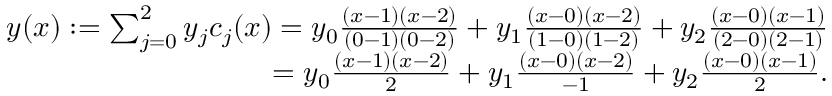
\begin{array} { r } { y ( x ) : = \sum _ { j = 0 } ^ { 2 } y _ { j } c _ { j } ( x ) = y _ { 0 } { \frac { ( x - 1 ) ( x - 2 ) } { ( 0 - 1 ) ( 0 - 2 ) } } + y _ { 1 } { \frac { ( x - 0 ) ( x - 2 ) } { ( 1 - 0 ) ( 1 - 2 ) } } + y _ { 2 } { \frac { ( x - 0 ) ( x - 1 ) } { ( 2 - 0 ) ( 2 - 1 ) } } } \\ { = y _ { 0 } { \frac { ( x - 1 ) ( x - 2 ) } { 2 } } + y _ { 1 } { \frac { ( x - 0 ) ( x - 2 ) } { - 1 } } + y _ { 2 } { \frac { ( x - 0 ) ( x - 1 ) } { 2 } } . } \end{array}